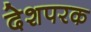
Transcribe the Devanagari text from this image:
देशपरक